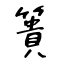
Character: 簣